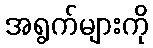
အရွက်များကို